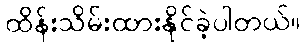
ထိန်းသိမ်းထားနိုင်ခဲ့ပါတယ်။